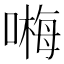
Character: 𠻽